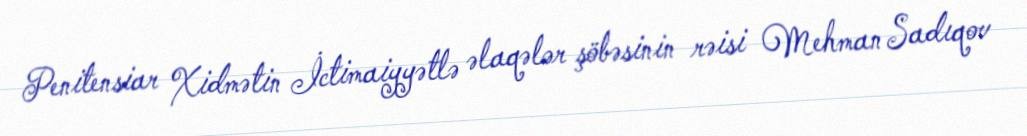
Penitensiar Xidmətin İctimaiyyətlə əlaqələr şöbəsinin rəisi Mehman Sadıqov